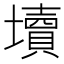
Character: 𰊻